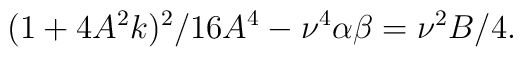
(1+4A^2k)^2/16A^4-\nu^4\alpha\beta=\nu^2B/4.